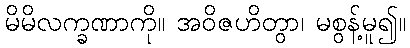
မိမိလက္ခဏာကို။ အဝိဇဟိတွာ၊ မစွန့်မူ၍။